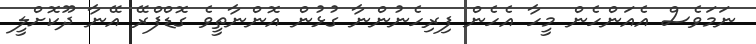
ނަމަވެސް އެއަންހެން މީހާ އެހެން ފިރިހެނުންނާ ގުޅުން އޮންނާތީވެ ގޮޑްފްރޭ އޭނާ ދޫކޮށްލީ